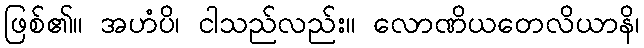
ဖြစ်၏။ အဟံပိ၊ ငါသည်လည်း။ လောဏိယတေလိယာနိ၊